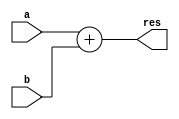
module Adder #(parameter bit = 32)(a, b, res);
    input [bit-1:0] a, b;
    output [bit-1:0] res;
    assign res = a + b;
endmodule